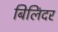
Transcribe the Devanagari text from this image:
बिलिंदर